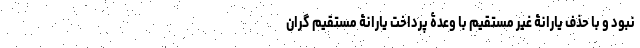
نبود و با حذف یارانۀ غیر مستقیم با وعدۀ پرداخت یارانۀ مستقیم گران